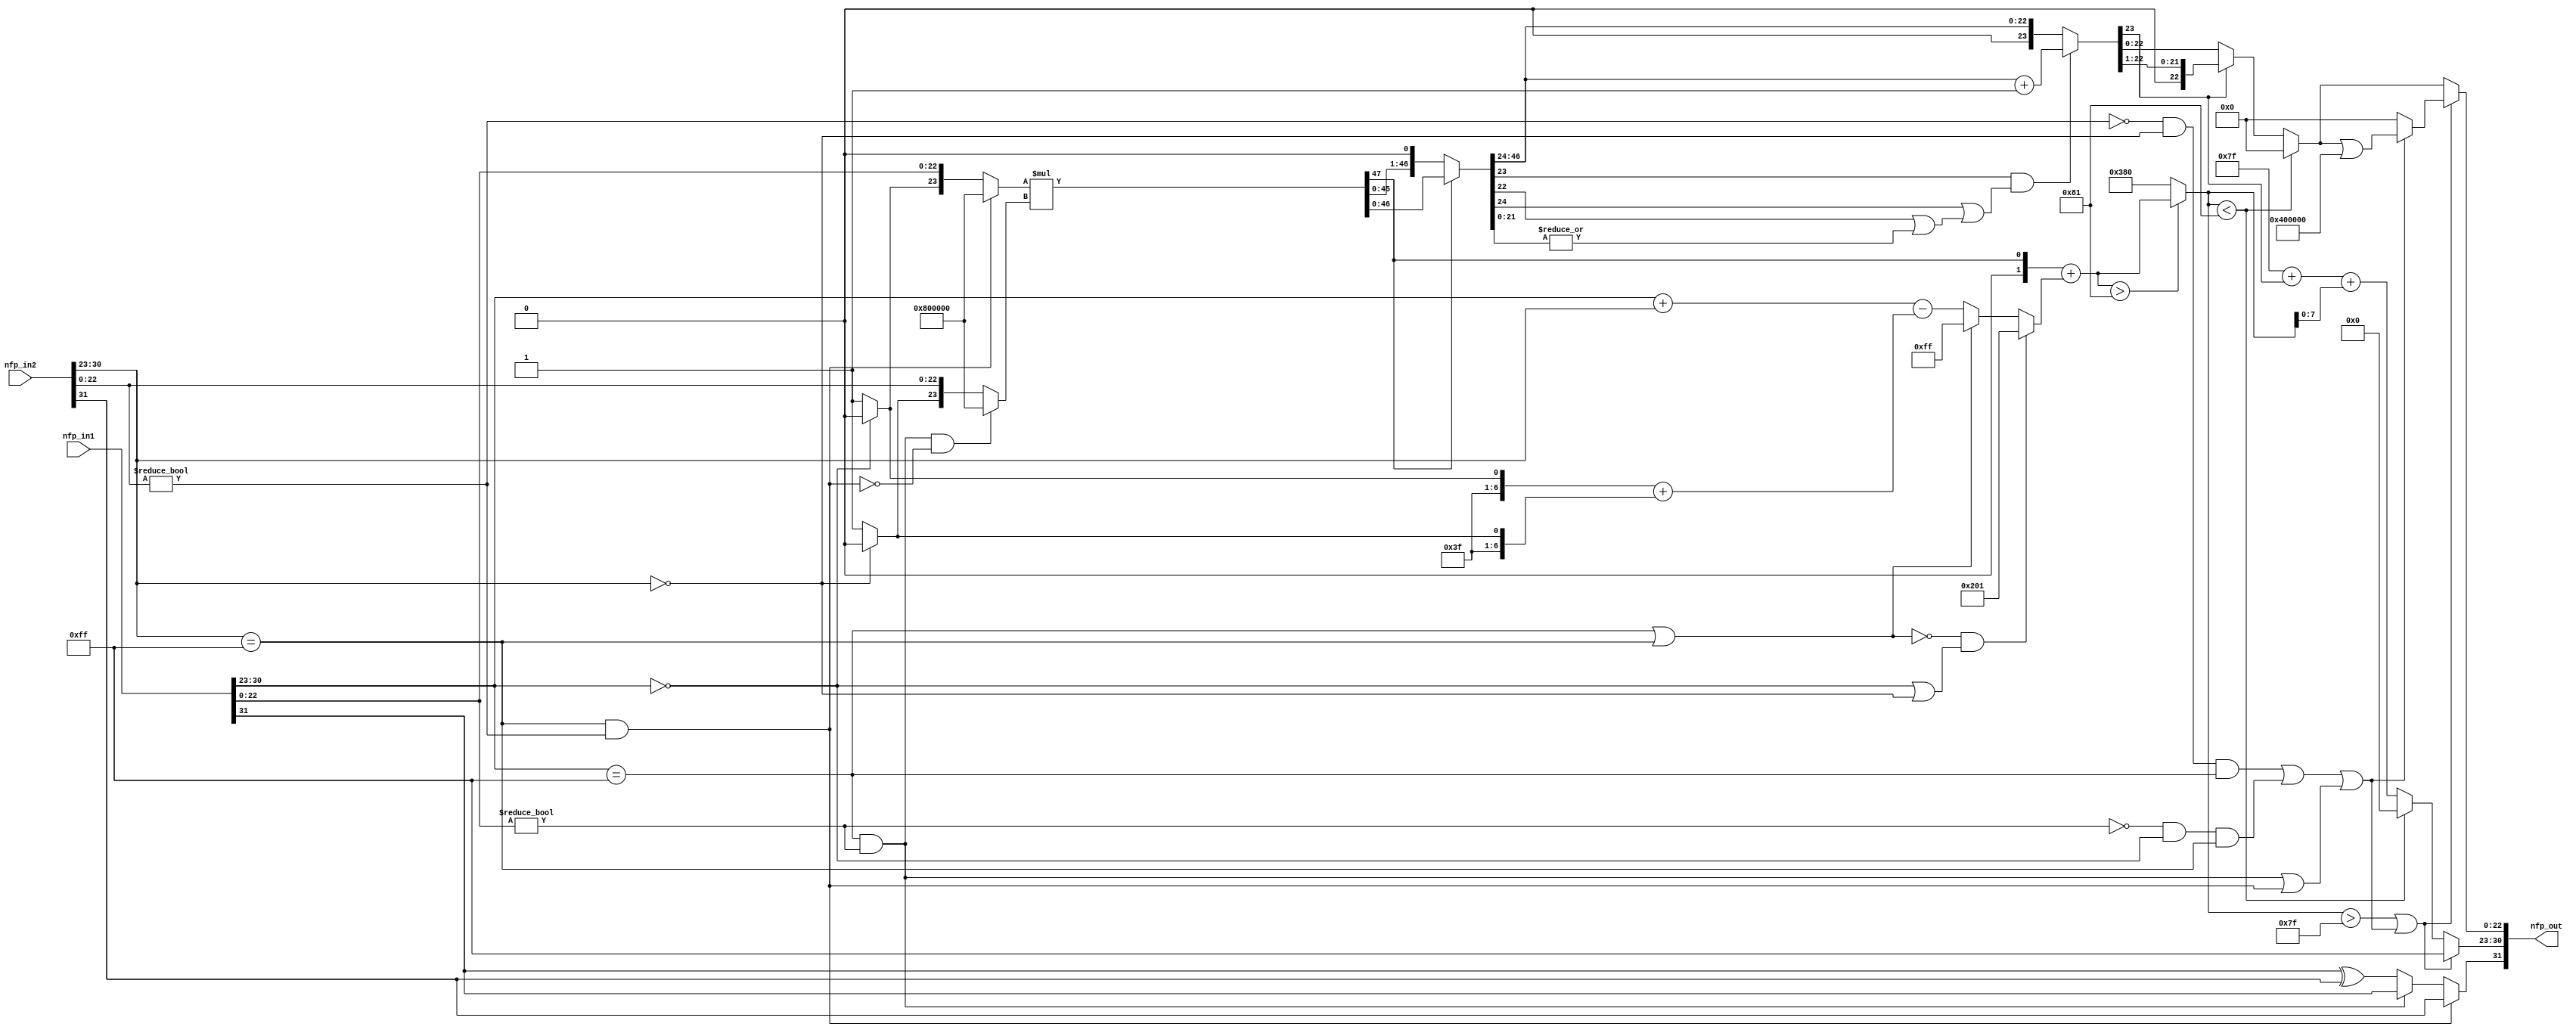
// -------------------------------------------------------------
// Single Precision Floating Point Multiplication Module
// -------------------------------------------------------------

`timescale 1 us / 1 us

module nfp_mul_single
          (nfp_in1,
           nfp_in2,
           nfp_out);


  input   [31:0] nfp_in1;  // ufix32
  input   [31:0] nfp_in2;  // ufix32
  output  [31:0] nfp_out;  // ufix32


  wire BS;  // ufix1
  wire [7:0] BE;  // ufix8
  wire [22:0] BM;  // ufix23
  wire Compare_To_Constant1_out1;
  wire Compare_To_Zero3_out1;
  wire Logical_Operator1_out1;
  wire AS;  // ufix1
  wire [7:0] AE;  // ufix8
  wire [22:0] AM;  // ufix23
  wire Compare_To_Constant_out1;
  wire Compare_To_Zero2_out1;
  wire Logical_Operator_out1;
  wire Logical_Operator_out1_1;
  wire Switch_out1;
  wire Constant8_out1;  // ufix1
  wire [7:0] Constant6_out1;  // uint8
  wire Compare_To_Zero_out1;
  wire Constant1_out1;  // ufix1
  wire Constant_out1;  // ufix1
  wire Switch1_out1;  // ufix1
  wire [23:0] Bit_Concat_out1;  // ufix24
  wire [23:0] Constant5_out1;  // ufix24
  wire Logical_Operator3_out1;
  wire Logical_Operator_out1_2;
  wire Compare_To_Zero1_out1;
  wire Constant3_out1;  // ufix1
  wire Constant2_out1;  // ufix1
  wire Switch2_out1;  // ufix1
  wire [23:0] Bit_Concat1_out1;  // ufix24
  wire [23:0] Switch_out1_1;  // ufix24
  wire [23:0] Constant4_out1;  // ufix24
  wire [23:0] Switch3_out1;  // ufix24
  wire [47:0] Product_out1;  // ufix48
  wire Constant1_out1_1;
  wire [48:0] Bit_Concat_out1_1;  // ufix49
  wire Bit_Slice1_out1;  // ufix1
  wire Logical_Operator1_out1_1;
  wire Logical_Operator3_out1_1;
  wire Logical_Operator_out1_3;
  wire Logical_Operator2_out1;
  wire [6:0] Constant2_out1_1;  // ufix7
  wire Constant1_out1_2;
  wire Constant3_out1_1;
  wire Switch_out1_2;
  wire [7:0] Bit_Concat1_out1_1;  // uint8
  wire Switch1_out1_1;
  wire [31:0] Subtract_add_temp;  // ufix32
  wire [31:0] Subtract_1;  // ufix32
  wire [31:0] Subtract_2;  // ufix32
  wire [8:0] Subtract_out1;  // ufix9
  wire [7:0] Bit_Concat_out1_2;  // uint8
  wire [31:0] Add1_add_temp;  // ufix32
  wire [31:0] Add1_1;  // ufix32
  wire [31:0] Add1_2;  // ufix32
  wire [8:0] Add1_out1;  // ufix9
  wire signed [31:0] Subtract2_sub_temp;  // sfix32
  wire signed [31:0] Subtract2_1;  // sfix32
  wire signed [31:0] Subtract2_2;  // sfix32
  wire signed [9:0] Subtract2_out1;  // sfix10
  wire signed [9:0] Constant4_out1_1;  // sfix10
  wire signed [9:0] Switch2_out1_1;  // sfix10
  wire signed [9:0] Constant_out1_1;  // sfix10
  wire signed [9:0] Switch1_out1_2;  // sfix10
  wire signed [31:0] Add_add_temp;  // sfix32
  wire signed [31:0] Add_1;  // sfix32
  wire signed [31:0] Add_2;  // sfix32
  wire signed [9:0] Add_out1;  // sfix10
  wire Compare_To_Constant_out1_1;
  wire signed [9:0] Constant1_out1_3;  // sfix10
  wire signed [9:0] Switch2_out1_2;  // sfix10
  wire Compare_To_Constant1_out1_1;
  wire Logical_Operator1_out1_2;
  wire Logical_Operator4_out1;
  wire Logical_Operator7_out1;
  wire Logical_Operator5_out1;
  wire Logical_Operator6_out1;
  wire Logical_Operator8_out1;
  wire Inf_Zero_out1;
  wire Logical_Operator2_out1_1;
  wire Logical_Operator10_out1;
  wire Logical_Operator_out1_4;
  wire Compare_To_Constant_out1_2;
  wire [7:0] Constant1_out1_4;  // uint8
  wire [48:0] Bit_Shift_out1;  // ufix49
  wire [48:0] Switch_out1_3;  // ufix49
  wire [47:0] Bit_Slice_out1;  // ufix48
  wire [1:0] Bit_Slice2_out1;  // ufix2
  wire Bit_Slice4_out1;  // ufix1
  wire [21:0] Bit_Slice1_out1_1;  // ufix22
  wire Bit_Reduce_out1;  // ufix1
  wire Bit_Slice5_out1;  // ufix1
  wire Bit_Slice3_out1;  // ufix1
  wire Logical_Operator1_out1_3;
  wire Logical_Operator_out1_5;
  wire [22:0] Bit_Slice1_out1_2;  // ufix23
  wire [23:0] Delay2_out1_dtc;  // ufix24
  wire Constant_out1_2;
  wire [31:0] Add_add_temp_1;  // ufix32
  wire [31:0] Add_4;  // ufix32
  wire [31:0] Add_5;  // ufix32
  wire [23:0] Add_out1_1;  // ufix24
  wire [23:0] Switch_out1_4;  // ufix24
  wire Bit_Slice2_out1_1;  // ufix1
  wire [31:0] Add1_add_temp_1;  // ufix32
  wire [31:0] Add1_4;  // ufix32
  wire [31:0] Add1_5;  // ufix32
  wire [7:0] Add1_out1_1;  // uint8
  wire signed [31:0] Add_add_temp_2;  // sfix32
  wire signed [31:0] Add_7;  // sfix32
  wire signed [31:0] Add_8;  // sfix32
  wire [7:0] Add_out1_2;  // uint8
  wire [7:0] Constant1_out1_5;  // uint8
  wire [7:0] Switch1_out1_3;  // uint8
  wire [7:0] Constant4_out1_2;  // uint8
  wire Switch1_out1_4;
  wire [7:0] Switch4_out1;  // uint8
  wire [7:0] Switch6_out1;  // uint8
  wire [22:0] Bit_Slice4_out1_1;  // ufix23
  wire [22:0] Bit_Shift_out1_1;  // ufix23
  wire [22:0] Switch1_out1_5;  // ufix23
  wire [22:0] Constant2_out1_2;  // ufix23
  wire [22:0] Switch2_out1_3;  // ufix23
  wire [22:0] Constant5_out1_1;  // ufix23
  wire [22:0] Bit_Set_out1;  // ufix23
  wire [22:0] Switch7_out1;  // ufix23
  wire [22:0] Switch5_out1;  // ufix23
  wire [31:0] nfp_out_pack;  // ufix32


  // Split 32 bit word into FP sign, exponent, mantissa
  assign BS = nfp_in2[31];
  assign BE = nfp_in2[30:23];
  assign BM = nfp_in2[22:0];



  assign Compare_To_Constant1_out1 = BE == 8'b11111111;



  assign Compare_To_Zero3_out1 = BM != 23'b00000000000000000000000;



  assign Logical_Operator1_out1 = Compare_To_Constant1_out1 & Compare_To_Zero3_out1;



  // Split 32 bit word into FP sign, exponent, mantissa
  assign AS = nfp_in1[31];
  assign AE = nfp_in1[30:23];
  assign AM = nfp_in1[22:0];



  assign Compare_To_Constant_out1 = AE == 8'b11111111;



  assign Compare_To_Zero2_out1 = AM != 23'b00000000000000000000000;



  assign Logical_Operator_out1 = Compare_To_Constant_out1 & Compare_To_Zero2_out1;



  assign Logical_Operator_out1_1 = AS ^ BS;



  assign Switch_out1 = (Logical_Operator_out1 == 1'b0 ? Logical_Operator_out1_1 :
              AS);



  assign Constant8_out1 = 1'b1;



  assign Constant6_out1 = 8'b00000000;



  assign Compare_To_Zero_out1 = AE == 8'b00000000;



  assign Constant1_out1 = 1'b1;



  assign Constant_out1 = 1'b0;



  assign Switch1_out1 = (Compare_To_Zero_out1 == 1'b0 ? Constant1_out1 :
              Constant_out1);



  assign Bit_Concat_out1 = {Switch1_out1, AM};



  assign Constant5_out1 = 24'b100000000000000000000000;



  assign Logical_Operator3_out1 =  ~ Logical_Operator1_out1;



  assign Logical_Operator_out1_2 = Logical_Operator_out1 & Logical_Operator3_out1;



  assign Compare_To_Zero1_out1 = BE == 8'b00000000;



  assign Constant3_out1 = 1'b1;



  assign Constant2_out1 = 1'b0;



  assign Switch2_out1 = (Compare_To_Zero1_out1 == 1'b0 ? Constant3_out1 :
              Constant2_out1);



  assign Bit_Concat1_out1 = {Switch2_out1, BM};



  assign Switch_out1_1 = (Logical_Operator1_out1 == 1'b0 ? Bit_Concat_out1 :
              Constant5_out1);



  assign Constant4_out1 = 24'b100000000000000000000000;



  assign Switch3_out1 = (Logical_Operator_out1_2 == 1'b0 ? Bit_Concat1_out1 :
              Constant4_out1);



  assign Product_out1 = Switch_out1_1 * Switch3_out1;



  assign Constant1_out1_1 = 1'b0;



  assign Bit_Concat_out1_1 = {Product_out1, Constant1_out1_1};



  assign Bit_Slice1_out1 = Bit_Concat_out1_1[48];



  assign Logical_Operator1_out1_1 = Compare_To_Constant_out1 | Compare_To_Constant1_out1;



  assign Logical_Operator3_out1_1 =  ~ Logical_Operator1_out1_1;



  assign Logical_Operator_out1_3 = Compare_To_Zero_out1 | Compare_To_Zero1_out1;



  assign Logical_Operator2_out1 = Logical_Operator3_out1_1 & Logical_Operator_out1_3;



  assign Constant2_out1_1 = 7'b0111111;



  assign Constant1_out1_2 = 1'b1;



  assign Constant3_out1_1 = 1'b0;



  assign Switch_out1_2 = (Compare_To_Zero_out1 == 1'b0 ? Constant1_out1_2 :
              Constant3_out1_1);



  assign Bit_Concat1_out1_1 = {Constant2_out1_1, Switch_out1_2};



  assign Switch1_out1_1 = (Compare_To_Zero1_out1 == 1'b0 ? Constant1_out1_2 :
              Constant3_out1_1);



  assign Subtract_1 = {24'b0, AE};
  assign Subtract_2 = {24'b0, BE};
  assign Subtract_add_temp = Subtract_1 + Subtract_2;
  assign Subtract_out1 = Subtract_add_temp[8:0];



  assign Bit_Concat_out1_2 = {Constant2_out1_1, Switch1_out1_1};



  assign Add1_1 = {24'b0, Bit_Concat1_out1_1};
  assign Add1_2 = {24'b0, Bit_Concat_out1_2};
  assign Add1_add_temp = Add1_1 + Add1_2;
  assign Add1_out1 = Add1_add_temp[8:0];



  assign Subtract2_1 = {23'b0, Subtract_out1};
  assign Subtract2_2 = {23'b0, Add1_out1};
  assign Subtract2_sub_temp = Subtract2_1 - Subtract2_2;
  assign Subtract2_out1 = Subtract2_sub_temp[9:0];



  assign Constant4_out1_1 = 10'sb0011111111;



  assign Switch2_out1_1 = (Logical_Operator1_out1_1 == 1'b0 ? Subtract2_out1 :
              Constant4_out1_1);



  assign Constant_out1_1 = 10'sb1000000001;



  assign Switch1_out1_2 = (Logical_Operator2_out1 == 1'b0 ? Switch2_out1_1 :
              Constant_out1_1);



  assign Add_1 = {31'b0, Bit_Slice1_out1};
  assign Add_2 = {{22{Switch1_out1_2[9]}}, Switch1_out1_2};
  assign Add_add_temp = Add_1 + Add_2;
  assign Add_out1 = Add_add_temp[9:0];



  assign Compare_To_Constant_out1_1 = Add_out1 > 10'sb1110000001;



  assign Constant1_out1_3 = 10'sb1110000000;



  assign Switch2_out1_2 = (Compare_To_Constant_out1_1 == 1'b0 ? Constant1_out1_3 :
              Add_out1);



  assign Compare_To_Constant1_out1_1 = Switch2_out1_2 > 10'sb0001111111;



  assign Logical_Operator1_out1_2 =  ~ Compare_To_Zero3_out1;



  assign Logical_Operator4_out1 = Logical_Operator1_out1_2 & Compare_To_Zero1_out1;



  assign Logical_Operator7_out1 = Logical_Operator4_out1 & Compare_To_Constant_out1;



  assign Logical_Operator5_out1 =  ~ Compare_To_Zero2_out1;



  assign Logical_Operator6_out1 = Logical_Operator5_out1 & Compare_To_Zero_out1;



  assign Logical_Operator8_out1 = Logical_Operator6_out1 & Compare_To_Constant1_out1;



  assign Inf_Zero_out1 = Logical_Operator7_out1 | Logical_Operator8_out1;



  assign Logical_Operator2_out1_1 = Logical_Operator_out1 | Logical_Operator1_out1;



  assign Logical_Operator10_out1 = Inf_Zero_out1 | Logical_Operator2_out1_1;



  assign Logical_Operator_out1_4 = Compare_To_Constant1_out1_1 | Logical_Operator10_out1;



  assign Compare_To_Constant_out1_2 = Switch2_out1_2 < 10'sb1110000001;



  assign Constant1_out1_4 = 8'b01111111;



  assign Bit_Shift_out1 = Bit_Concat_out1_1 >> 8'd1;



  assign Switch_out1_3 = (Bit_Slice1_out1 == 1'b0 ? Bit_Concat_out1_1 :
              Bit_Shift_out1);



  assign Bit_Slice_out1 = Switch_out1_3[47:0];



  assign Bit_Slice2_out1 = Bit_Slice_out1[23:22];



  assign Bit_Slice4_out1 = Bit_Slice2_out1[0];



  assign Bit_Slice1_out1_1 = Bit_Slice_out1[21:0];



  assign Bit_Reduce_out1 = (|Bit_Slice1_out1_1[21:0]);



  assign Bit_Slice5_out1 = Bit_Slice2_out1[1];



  assign Bit_Slice3_out1 = Bit_Slice_out1[24];



  assign Logical_Operator1_out1_3 = Bit_Slice3_out1 | (Bit_Slice4_out1 | Bit_Reduce_out1);



  assign Logical_Operator_out1_5 = Bit_Slice5_out1 & Logical_Operator1_out1_3;



  assign Bit_Slice1_out1_2 = Bit_Slice_out1[46:24];



  assign Delay2_out1_dtc = {1'b0, Bit_Slice1_out1_2};



  assign Constant_out1_2 = 1'b1;



  assign Add_4 = {9'b0, Bit_Slice1_out1_2};
  assign Add_5 = {31'b0, Constant_out1_2};
  assign Add_add_temp_1 = Add_4 + Add_5;
  assign Add_out1_1 = Add_add_temp_1[23:0];



  assign Switch_out1_4 = (Logical_Operator_out1_5 == 1'b0 ? Delay2_out1_dtc :
              Add_out1_1);



  assign Bit_Slice2_out1_1 = Switch_out1_4[23];



  assign Add1_4 = {24'b0, Constant1_out1_4};
  assign Add1_5 = {31'b0, Bit_Slice2_out1_1};
  assign Add1_add_temp_1 = Add1_4 + Add1_5;
  assign Add1_out1_1 = Add1_add_temp_1[7:0];



  assign Add_7 = {24'b0, Add1_out1_1};
  assign Add_8 = {{22{Switch2_out1_2[9]}}, Switch2_out1_2};
  assign Add_add_temp_2 = Add_7 + Add_8;
  assign Add_out1_2 = Add_add_temp_2[7:0];



  assign Constant1_out1_5 = 8'b00000000;



  assign Switch1_out1_3 = (Compare_To_Constant_out1_2 == 1'b0 ? Add_out1_2 :
              Constant1_out1_5);



  assign Constant4_out1_2 = 8'b11111111;



  assign Switch1_out1_4 = (Logical_Operator1_out1 == 1'b0 ? Switch_out1 :
              BS);



  assign Switch4_out1 = (Logical_Operator_out1_4 == 1'b0 ? Switch1_out1_3 :
              Constant4_out1_2);



  assign Switch6_out1 = (Constant8_out1 == 1'b0 ? Constant6_out1 :
              Switch4_out1);



  assign Bit_Slice4_out1_1 = Switch_out1_4[22:0];



  assign Bit_Shift_out1_1 = Bit_Slice4_out1_1 >> 8'd1;



  assign Switch1_out1_5 = (Bit_Slice2_out1_1 == 1'b0 ? Bit_Slice4_out1_1 :
              Bit_Shift_out1_1);



  assign Constant2_out1_2 = 23'b00000000000000000000000;



  assign Switch2_out1_3 = (Compare_To_Constant_out1_2 == 1'b0 ? Switch1_out1_5 :
              Constant2_out1_2);



  assign Constant5_out1_1 = 23'b00000000000000000000000;



  assign Bit_Set_out1 = Switch2_out1_3 | 23'b10000000000000000000000;



  assign Switch7_out1 = (Logical_Operator10_out1 == 1'b0 ? Constant5_out1_1 :
              Bit_Set_out1);



  assign Switch5_out1 = (Logical_Operator_out1_4 == 1'b0 ? Switch2_out1_3 :
              Switch7_out1);



  // Combine FP sign, exponent, mantissa into 32 bit word
  assign nfp_out_pack = {Switch1_out1_4, Switch6_out1, Switch5_out1};



  assign nfp_out = nfp_out_pack;

endmodule  // nfp_mul_single